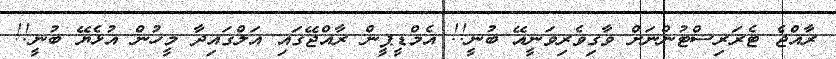
ރާއްޖެ ޓެރަރިސްޓުންނަށް ވާގިވެރިވަނީއޭ ބުނީ!! އެމްޑީޕީން ރާއްޖޭގައި އަލްގައިދާ މީހުން އުޅެޔޭ ބުނީ!!